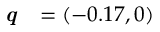
\textbf { \textit { q } } = ( - 0 . 1 7 , 0 )